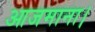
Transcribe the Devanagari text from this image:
आजमाना।